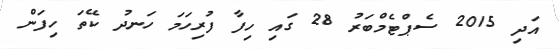
އަދި 2015 ސެޕްޓެމްބަރު 28 ގައި ހިފާ ފުރިހަމަ ހަނދު ކޭތަ ހިފަން